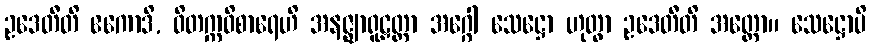
ဥဒေတီတိ ဧကောဒိ, ဝိတက္ကဝိစာရေဟိ အနဇ္ဈာရူဠှတ္တာ အဂ္ဂေါ သေဋ္ဌော ဟုတွာ ဥဒေတီတိ အတ္ထော။ သေဋ္ဌောပိ